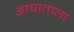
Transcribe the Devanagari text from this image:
आघाताला